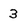
Character: 3